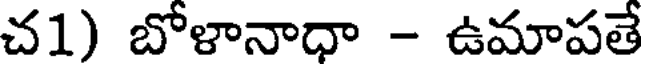
చ1) బోళానాధా - ఉమాపతే